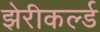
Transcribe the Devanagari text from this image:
झेरीकर्ल्ड